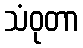
သံဝုတာ